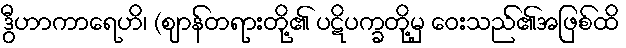
ဒွီဟာကာရေဟိ၊ (ဈာန်တရားတို့၏ ပဋိပက္ခတို့မှ ဝေးသည်၏အဖြစ်ထိ